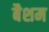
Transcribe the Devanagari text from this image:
बैशम